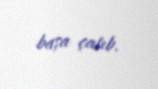
başa çatıb.